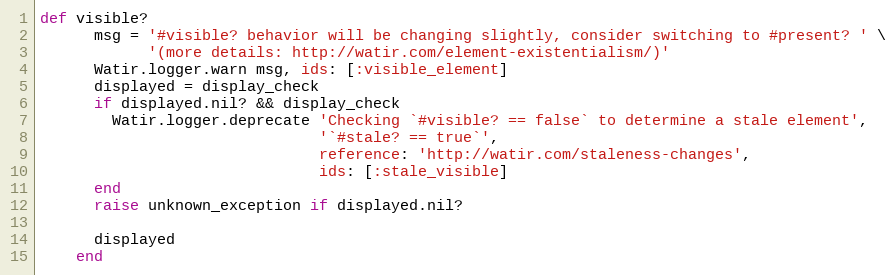
Language: Ruby
def visible?
      msg = '#visible? behavior will be changing slightly, consider switching to #present? ' \
            '(more details: http://watir.com/element-existentialism/)'
      Watir.logger.warn msg, ids: [:visible_element]
      displayed = display_check
      if displayed.nil? && display_check
        Watir.logger.deprecate 'Checking `#visible? == false` to determine a stale element',
                               '`#stale? == true`',
                               reference: 'http://watir.com/staleness-changes',
                               ids: [:stale_visible]
      end
      raise unknown_exception if displayed.nil?

      displayed
    end